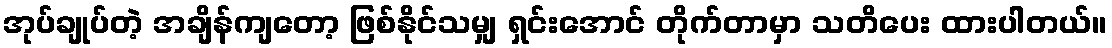
အုပ်ချုပ်တဲ့ အချိန်ကျတော့ ဖြစ်နိုင်သမျှ ရှင်းအောင် တိုက်တာမှာ သတိပေး ထားပါတယ်။